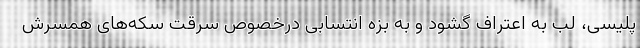
پلیسی، لب به اعتراف گشود و به بزه انتسابی درخصوص سرقت سکه‌های همسرش